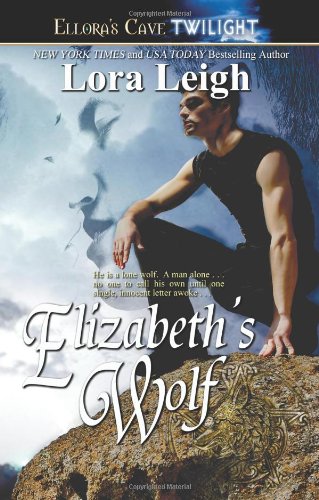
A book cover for Elizabeth's Wolf (Wolf Breeds, Book 4); Lora Leigh; Romance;